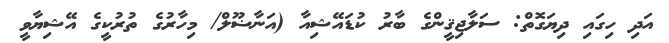
އަދި ހިގައި ދިޔަގޮތް: ސަލާޖިޤީންގެ ބާރު ކުޑައޭޝިއާ (އަނާޟޫލް/ މިހާރުގެ ތުރުކީގެ އޭޝިޔާވީ